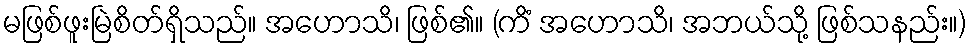
မဖြစ်ဖူးမြဲစိတ်ရှိသည်။ အဟောသိ၊ ဖြစ်၏။ (ကိံ အဟောသိ၊ အဘယ်သို့ ဖြစ်သနည်း။)